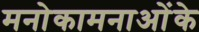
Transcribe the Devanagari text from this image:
मनोकामनाओंके